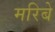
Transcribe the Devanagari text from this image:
मरिबे